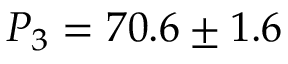
P _ { 3 } = 7 0 . 6 \pm 1 . 6 \